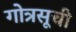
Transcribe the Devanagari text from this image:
गोत्रसूची